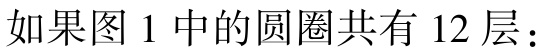
如果图 1 中的圆圈共有 12 层：